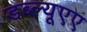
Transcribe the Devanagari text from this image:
डब्ल्यूएए